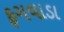
ફગવાડા